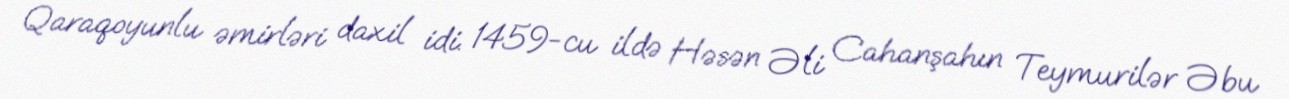
Qaraqoyunlu əmirləri daxil idi. 1459-cu ildə Həsən Əli Cahanşahın Teymurilər Əbu